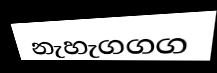
නැහැගගග